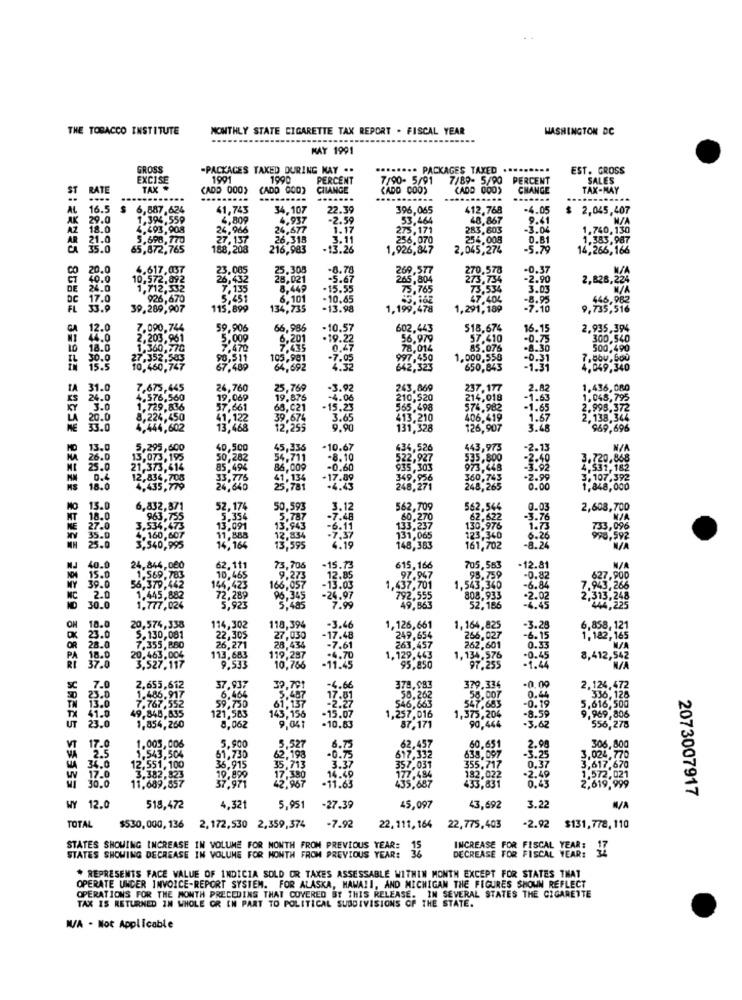
THE TOBACCO INSTITUTE
MONTHLY STATE CIGARETTE TAX REPORT . FISCAL YEAR
WASHINGTON DC
MAY 1991
GROSS
-PACKAGES TAKED DURING MAY ..
PACKAGES TAXED
...
EST. GROSS
EXCISE
1001
1990
PERCENT
7/90- 5/91
7/89- 5/90
PERCENT
SALES
ST
RATE
TAX
(ADD 000) (ADD 000)
CILANGE
CADO COO>
CADO 000)
CHANGE
TAX-MAY
...........
AL
16.5
6,587,624
41,743
34.107
22.39
396,065
412,768
-4.05
$ 2.045,407
AK
1,394,559
4,809
4.937
-2.59
53,464
48,867
9.41
4.493,908
24.966
24,677
1.17
275,171
283,603
-3.04
1.740,130
AR
21.0
5.698,770
27,137
26.318
3.11
256,070
256.008
0.81
1.383,987
CA 35.0
65,872,765
188,208
216,983
-13.26
1.926,847
2,045,274
-5.79
14,266,166
20.0
4.617.037
23.065
25.305
-8.78
269.577
-0.37
40.0
10,572,892
26,432
28,021
-5.67
265,804
273,734
-2.90
2,828,224
DE
24.0
1,712,532
7,135
8,449
-15.55
75,765
73,534
3.03
DC
17.0
926,670
5,451
6,101
- 10.65
47.404
446,982
FL
33.9
39,289,907
115,899
134,735
-13.98
1,199,478
1,291,189
-7-10
9,735,516
GA
12.0
7.090.744
59,906
66,986
-10.57
602,443
$18.674
16.15
2.935,394
44.0
2,203,961
5,009
6,201
.19.22
56.979
57.410
-0.75
300.540
18.0
1.360,770
7.470
7,435
78,014
85.076
-8.30
500,490
30.0
27,352,533
105,981
-7.05
1.000,558
-0.31
15.5
10,460.747
67.489
64.692
4.32
642.323
650,843
4.049,340
IA
31.0
7,675,445
24,760
25,769
-3.92
243.869
237.177
2.82
1.436,080
24.0
4.576,560
19,069
19.875
-4.06
210,520
214,019
-1.63
1,048,795
3.0
1.729,836
57,661
68,021
-15.23
565,498
574.982
-1.65
2.995.372
LA
8,224,450
41,122
39,674
3.65
413,210
406,419
1.67
2,138,344
ME
4.444,602
13,468
12,255
9.90
131,328
126,907
3.48
969,696
13.0
5,295,600
40,500
45,336
-10.67
434,526
443,973
-2.13
26.0
13,073,195
50,282
54.711
-8.10
522,927
535,800
-2.4
3.720,868
25.0
21,373.414
85,494
86,009
-0.60
935,303
973,448
-3.92
4.531,182
D.4
12,834,708
41. 134
.17.89
349,956
360,763
-2.99
3.107.392
4.435,779
24,640
25,781
-4.43
248,271
248,265
0.00
1,848,000
Mo
15.0
6,832,871
52,174
50,593
3.12
562,709
562,546
0.03
2,608,700
MT
18.0
963,735
5.354
5.787
-7.48
60.270
62,622
-3.76
NE
27.0
3.534,473
13,091
13,943
-6.11
133.237
130,976
1.73
35.0
4.160,607
11,888
14.164
12,834
131,065
123,360
6.26
3.540,995
13,595
4.19
148,383
161,702
-8.24
40.0
24,844,080
62,111
73,706
-15.73
615,166
705,583
-12.81
1.569,783
10,465
9.273
12.85
97.947
98.759
-0.82
627,900
NY
39.0
56,379,442
144,423
166,057
-13.03
1,437,701
1.543,340
-6.84
7.943,266
NC
2.0
1.445,882
72,289
96,345
5.485
-24.97
792.555
808,933
2,313,248
30.0
1.777,024
5.923
7.99
49,863
52,186
444,225
OW
18.0
20,574,338
114,302
118,394
-3.46
1,126,661
1.164,825
-3.28
6,858,121
C 23.0
5.130,081
22,305
27,030
-17.48
249,654
266,027
-6.15
1,182, 165
OR
28.0
7.355, 880
26,271
28,434
-7.61
263,457
262,601
0.33
18.0
20.463.004
113,683
119,287
-4.70
1,129,463
1,134.576
-0.45
8,412,542
3,527,117
9.533
10,756
-11.45
97.255
-1.44
23.0
7.0
2,655,612
1.486.917
37.937
39,791
-4.66
378.983
379.336
-0.00
2,124,472
TH
13.0
7.767.552
6,464
,487
58.262
58.007
0.44
336,128
TX
41.0
49.845,835
59,730
143,156
61,137
546,663
547,683
-0.19
5,616,500
UT
23.0
121,583
.10.83
-15.07
1,257,016
1,375,204
90.444
-8.59
9,969,806
1,854,260
8,062
9,041
87,171
-3.62
556,278
17.0
VT
2.5
1.005,006
1.543,504
5.900
5,527
6.73
62,457
60,651
638,097
2.98
306,800
34.0
51,730
62.193
-0.75
617,332
-3.25
3,024.770
17.0
12.551,100
35,915
19.899
35,713
3.37
357.031
355.717
0.37
3,617,670
30.0
11,689,857
3.382,823
37.971
42.967
-11.63
14.49
177,484
433,831
182,022
-2.49
1,572,021
2,619,999
435,687
2073007917
3.22
WY 12.0
518,472
4.321
5,951
-27.39
45,097
43,692
M/A
-7.92
2.92
TOTAL
$530,000, 136
2, 172,530 2,359,374
22. 111, 164
22,775,403
$131,778,110
STATES SHOWING INCREASE IN VOLUME FOR MONTH FROM PREVIOUS YEAR:
DECREASE FOR FISCAL YEAR:
INCREASE FOR FISCAL YEAR: 17
STATES SHOWING DECREASE IN VOLUME FOR MONTH FROM PREVIOUS YEAR:
* REPRESENTS FACE VALUE OF INDICIA SOLD OR TAXES ASSESSABLE WITHIN MONTH EXCEPT FOR STATES THAT
OPERATE UNDER INVOICE-REPORT SYSTEM. FOR ALASKA, HAWAII, AND MICHIGAN THE FIGURES SHOWN REFLECT
OPERATIONS FOR THE MONTH PRECEDING THAT COVERED BY THIS RELEASE. IN SEVERAL STATES THE CIGARETTE
TAX IS RETURNED IN WHOLE OR IN PART TO POLITICAL SUBDIVISIONS OF THE STATE.
W/A - Not Applicable